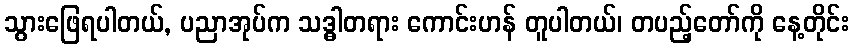
သွားဖြေရပါတယ်, ပညာအုပ်က သဒ္ဓါတရား ကောင်းဟန် တူပါတယ်၊ တပည့်တော်ကို နေ့တိုင်း